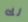
لك